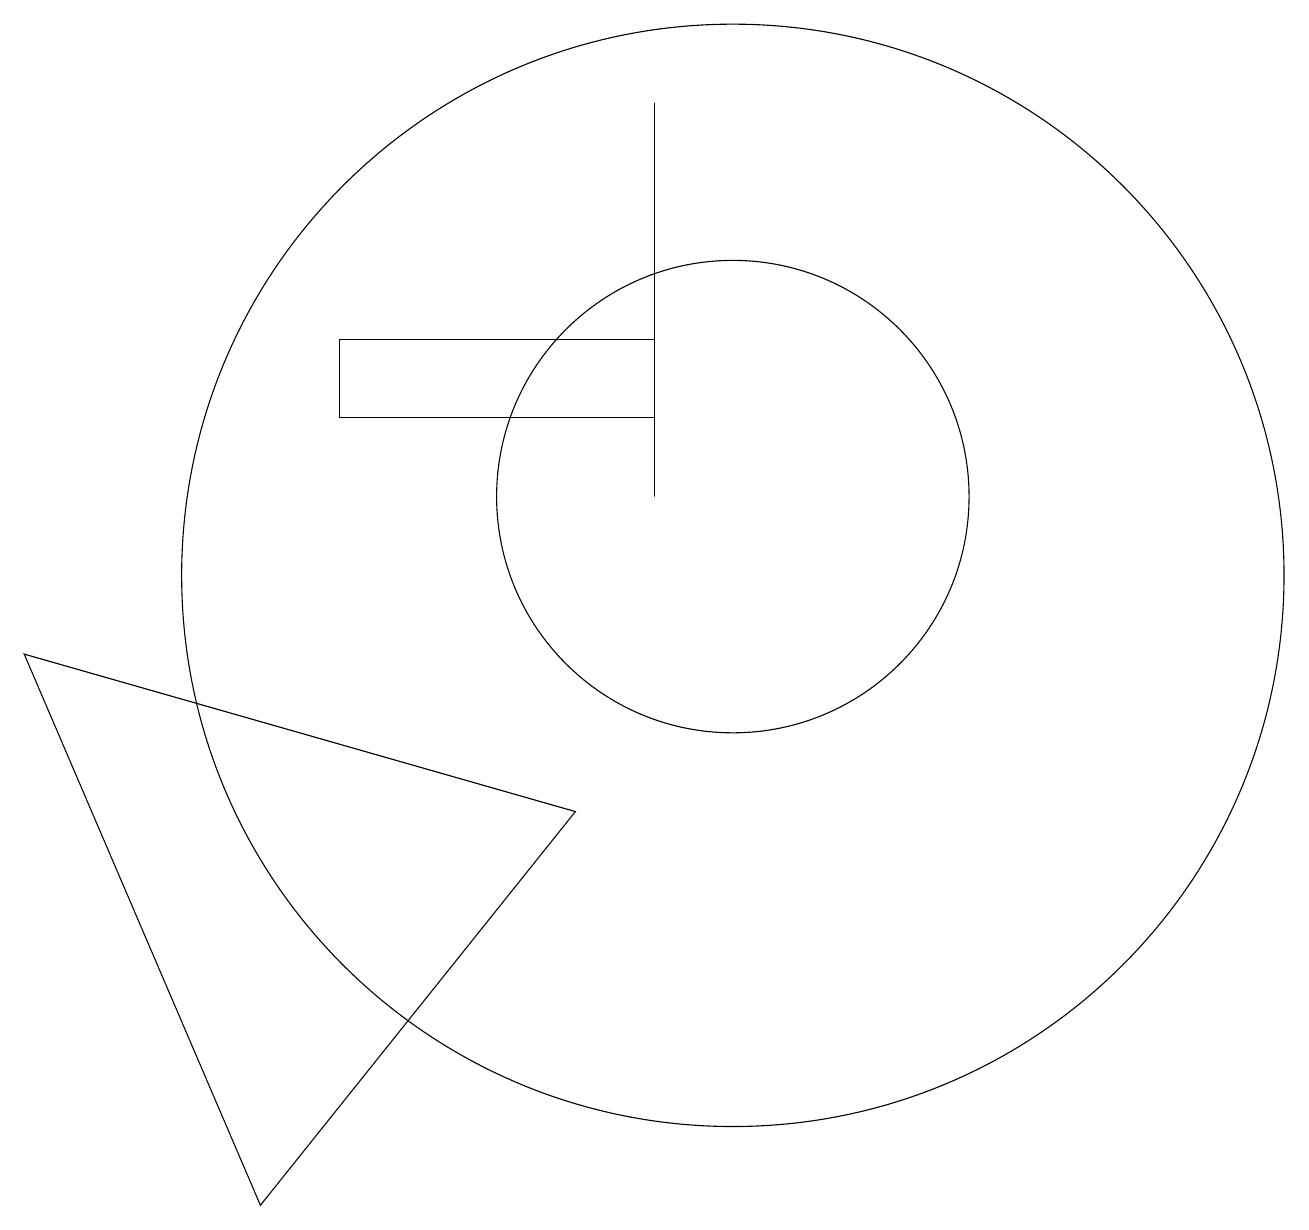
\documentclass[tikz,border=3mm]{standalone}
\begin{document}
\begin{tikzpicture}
\draw (9,13) rectangle (5,12);
\draw (10,10) circle (7);
\draw (10,11) circle (3);
\draw (9,16) rectangle (9,11);
\draw (8,7) -- (4,2) -- (1,9) -- cycle;
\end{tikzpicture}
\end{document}